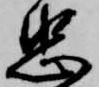
忠